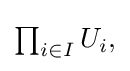
{\textstyle \prod _{i\in I}U_{i},}